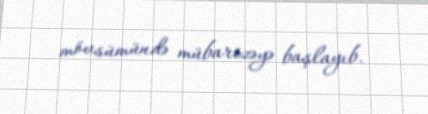
mövsümündə mübarizəyə başlayıb.